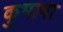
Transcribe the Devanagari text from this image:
कुभाषा